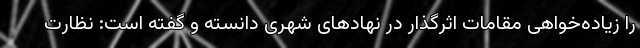
را زیاده‌خواهی مقامات اثرگذار در نهادهای شهری دانسته و گفته است: نظارت